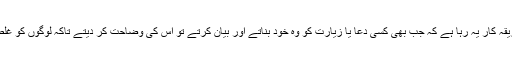
علما ء کا طریقہ کار یہ رہا ہے کہ جب بھی کسی دعا یا زیارت کو وہ خود بناتے اور بیان کرتے تو اس کی وضاحت کر دیتے تاکہ لوگوں کو غلط فہمی نہ ہو۔